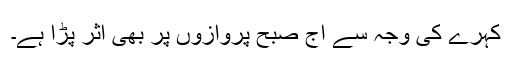
کہرے کی وجہ سے آج صبح پروازوں پر بھی اثر پڑا ہے۔